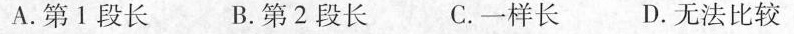
A. 第1段长 B. 第2段长 C. 一样长 D. 无法比较